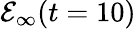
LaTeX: \mathcal{E}_{\infty}(t=10)